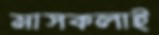
মাসকলাই